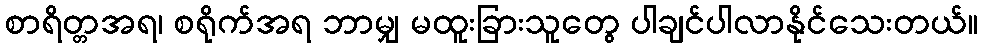
စာရိတ္တအရ၊ စရိုက်အရ ဘာမျှ မထူးခြားသူတွေ ပါချင်ပါလာနိုင်သေးတယ်။